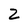
Character: Z